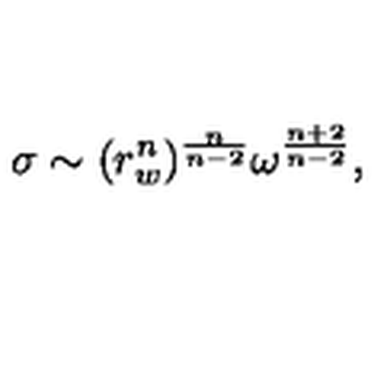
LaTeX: \sigma \sim ( r _ { w } ^ { n } ) ^ { \frac { n } { n - 2 } } \omega ^ { \frac { n + 2 } { n - 2 } } ,